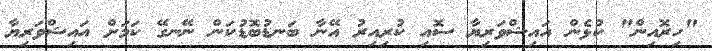
"ހިރޮއިން" ކުޅެން އައިޝްވަރިޔާ ސޮއި ކުރިއިރު އޭނާ ބަނޑުބޮޑުކަން ނޭނގޭ ކަމަށް އައިޝްވަރިޔާ